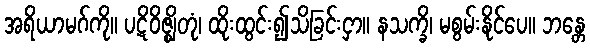
အရိယာမဂ်ကို။ ပဋိဝိဇ္ဈိတုံ၊ ထိုးထွင်း၍သိခြင်းငှာ။ နသက္ခိ၊ မစွမ်းနိုင်ပေ။ ဘန္တေ